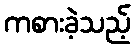
ကစားခဲ့သည့်